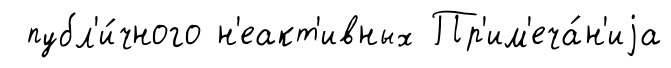
публ'и́чного н'еакт'ивных Пр'им'еча́н'иjа